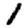
Digit: 1